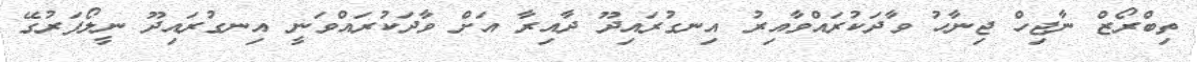
ތިބްރޯޒް ނާޖިހް ޖިނާހު ވާދަކުރައްވާއިރު އިނގުރައިދޫ ދާއިރާ އަށް ވާދަކުރައްވަނީ އިނގުރައިދޫ ނީލޯފަރުގޭ